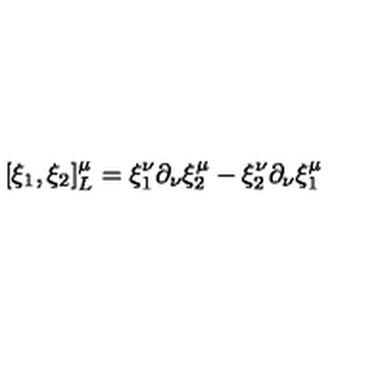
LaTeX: [ \xi _ { 1 } , \xi _ { 2 } ] _ { L } ^ { \mu } = \xi _ { 1 } ^ { \nu } \partial _ { \nu } \xi _ { 2 } ^ { \mu } - \xi _ { 2 } ^ { \nu } \partial _ { \nu } \xi _ { 1 } ^ { \mu }